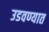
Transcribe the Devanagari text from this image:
उडवण्यात